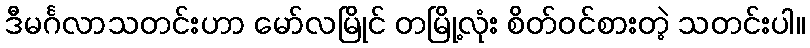
ဒီမင်္ဂလာသတင်းဟာ မော်လမြိုင် တမြို့လုံး စိတ်ဝင်စားတဲ့ သတင်းပါ။